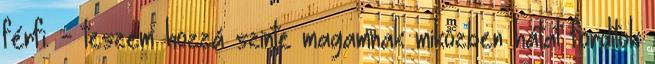
férfi. - teszem hozzá szinte magamnak miközben hátat fordítok